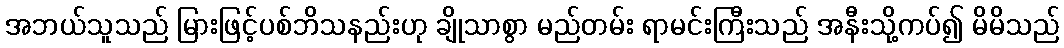
အဘယ်သူသည် မြားဖြင့်ပစ်ဘိသနည်းဟု ချိုသာစွာ မည်တမ်း ရာမင်းကြီးသည် အနီးသို့ကပ်၍ မိမိသည်